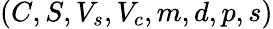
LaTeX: (C,S,V_{s},V_{c},m,d,p,s)